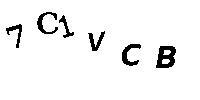
7C1VCB